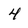
Character: 4